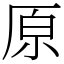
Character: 原